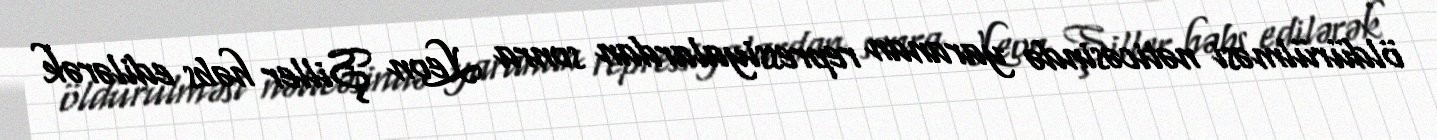
öldürülməsi nəticəsində yaranan repressiyalardan sonra Leon Şiller həbs edilərək